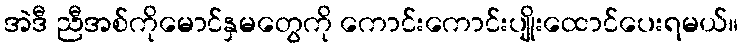
အဲဒီ ညီအစ်ကိုမောင်နှမတွေကို ကောင်းကောင်းပျိုးထောင်ပေးရမယ်။